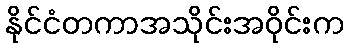
နိုင်ငံတကာအသိုင်းအဝိုင်းက